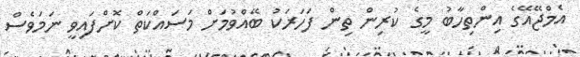
އެމްޖޭއޭގެ އިންތިހާބު މީގެ ކުރިން ތިން ފަހަރަކު ބޭއްވުމަށް މަސައްކަތް ކޮށްފައިވީ ނަމަވެސް